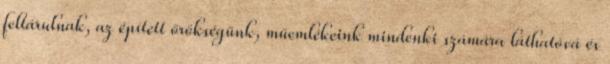
feltárulnak, az épített örökségünk, műemlékeink mindenki számára láthatóvá és